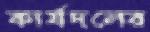
কার্যদলের